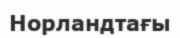
Норландтағы